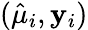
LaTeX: (\hat{\mu}_{i},\mathbf{y}_{i})